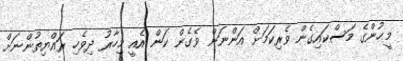
މީޙުންގެ މަސްކައިގެން ވެރިކަމަށް އަންނަން ވެގެން ކަން އެއީ މިހާރު ދިވެހި ރައްޔިތުންނަށް